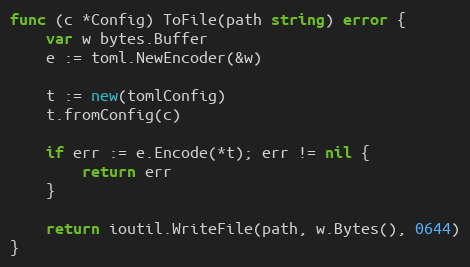
Language: Go
func (c *Config) ToFile(path string) error {
	var w bytes.Buffer
	e := toml.NewEncoder(&w)

	t := new(tomlConfig)
	t.fromConfig(c)

	if err := e.Encode(*t); err != nil {
		return err
	}

	return ioutil.WriteFile(path, w.Bytes(), 0644)
}